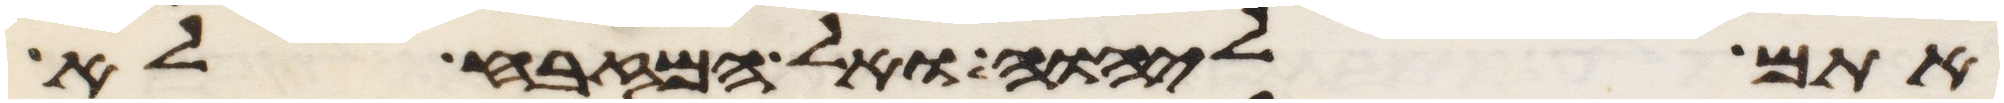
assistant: אתם ליהוה ואל המזבח לא